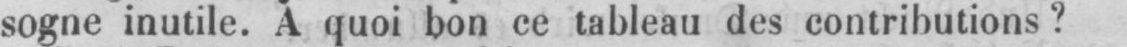
sogne inutile. A quoi bon ce tableau des contributions?